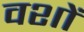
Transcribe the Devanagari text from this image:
वशों